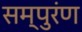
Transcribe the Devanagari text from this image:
सम्पुरंण